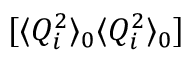
[ \langle Q _ { i } ^ { 2 } \rangle _ { 0 } \langle Q _ { i } ^ { 2 } \rangle _ { 0 } ]